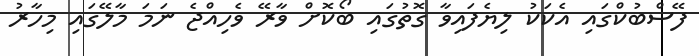
ފޭސްބުކްގައި އެކަކު ލިޔެފައިވާ ގޮތުގައި ބޯކޮށް ވާރޭ ވެހިއްޖެ ނަމަ މާލޭގައި މިހާރު